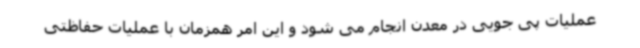
عملیات پی جویی در معدن انجام می شود و این امر همزمان با عملیات حفاظتی